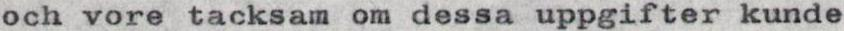
och vore tacksam om dessa uppgifter kunde